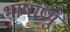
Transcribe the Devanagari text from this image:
भाषाप्रभु